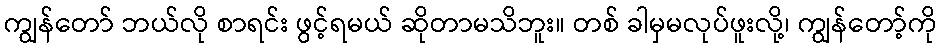
ကျွန်တော် ဘယ်လို စာရင်း ဖွင့်ရမယ် ဆိုတာမသိဘူး။ တစ် ခါမှမလုပ်ဖူးလို့၊ ကျွန်တော့်ကို